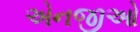
એનજીઓ